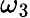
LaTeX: \omega_{3}